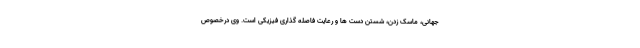
جهانی، ماسک زدن، شستن دست ها و رعایت فاصله گذاری فیزیکی است. وی درخصوص